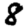
Digit: 8